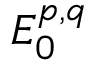
E _ { 0 } ^ { p , q }